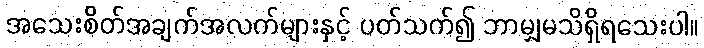
အသေးစိတ်အချက်အလက်များနှင့် ပတ်သက်၍ ဘာမျှမသိရှိရသေးပါ။